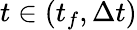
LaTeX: t\in(t_{f},\Delta t)